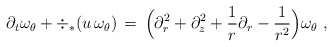
\begin{align*} \partial_t \omega_\theta + \div_*(u\,\omega_\theta) \,=\, \Bigl(\partial_r^2 + \partial_z^2 + \frac{1}{r}\partial_r - \frac{1}{r^2}\Bigr)\omega_\theta~,\end{align*}